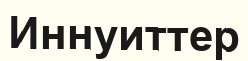
Иннуиттер